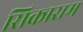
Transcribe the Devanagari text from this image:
सिकाराम